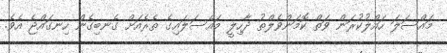
މައްސަލަ ހައްލުކުރަން ވަތް ކޮމަންވެލްތު ދާހިލީ މައްސަލައިގެ ތެރެއަށް ގެނބިގެން ހިނގައްޖެ އެވެ.